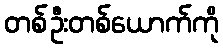
တစ်ဦးတစ်ယောက်ကို